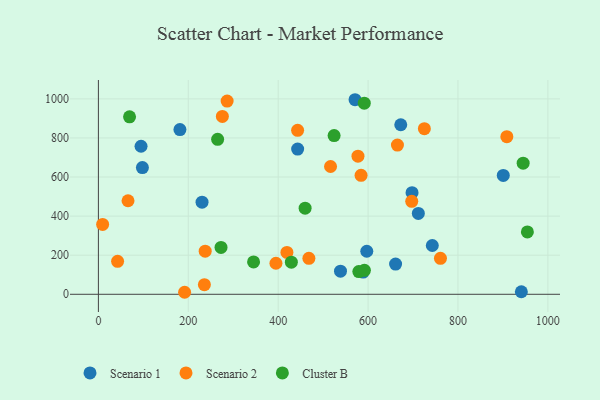
{"axis": {"x": "Ad Spend", "y": "Yield"}, "legend": ["Cluster B", "Scenario 1", "Scenario 2"], "data": [{"x": "589.0", "y": 113.9, "type": "Scenario 1"}, {"x": "571.0", "y": 995.6, "type": "Scenario 1"}, {"x": "97.9", "y": 648.5, "type": "Scenario 1"}, {"x": "661.2", "y": 154.4, "type": "Scenario 1"}, {"x": "672.7", "y": 867.6, "type": "Scenario 1"}, {"x": "711.8", "y": 413.9, "type": "Scenario 1"}, {"x": "538.6", "y": 118.3, "type": "Scenario 1"}, {"x": "742.9", "y": 249.6, "type": "Scenario 1"}, {"x": "181.4", "y": 843.0, "type": "Scenario 1"}, {"x": "900.8", "y": 608.0, "type": "Scenario 1"}, {"x": "230.6", "y": 471.4, "type": "Scenario 1"}, {"x": "697.8", "y": 520.1, "type": "Scenario 1"}, {"x": "94.9", "y": 757.5, "type": "Scenario 1"}, {"x": "443.3", "y": 743.1, "type": "Scenario 1"}, {"x": "941.0", "y": 13.0, "type": "Scenario 1"}, {"x": "597.1", "y": 220.3, "type": "Scenario 1"}, {"x": "584.4", "y": 609.0, "type": "Scenario 2"}, {"x": "275.8", "y": 909.9, "type": "Scenario 2"}, {"x": "42.7", "y": 168.6, "type": "Scenario 2"}, {"x": "908.7", "y": 806.7, "type": "Scenario 2"}, {"x": "9.4", "y": 357.4, "type": "Scenario 2"}, {"x": "577.5", "y": 706.6, "type": "Scenario 2"}, {"x": "697.1", "y": 475.7, "type": "Scenario 2"}, {"x": "468.3", "y": 184.2, "type": "Scenario 2"}, {"x": "761.0", "y": 184.2, "type": "Scenario 2"}, {"x": "419.4", "y": 214.0, "type": "Scenario 2"}, {"x": "237.6", "y": 220.6, "type": "Scenario 2"}, {"x": "516.5", "y": 654.0, "type": "Scenario 2"}, {"x": "191.8", "y": 10.3, "type": "Scenario 2"}, {"x": "725.2", "y": 847.4, "type": "Scenario 2"}, {"x": "65.9", "y": 478.7, "type": "Scenario 2"}, {"x": "443.2", "y": 839.1, "type": "Scenario 2"}, {"x": "235.8", "y": 49.3, "type": "Scenario 2"}, {"x": "286.4", "y": 988.9, "type": "Scenario 2"}, {"x": "665.3", "y": 763.4, "type": "Scenario 2"}, {"x": "395.0", "y": 158.8, "type": "Scenario 2"}, {"x": "954.4", "y": 319.1, "type": "Cluster B"}, {"x": "265.3", "y": 793.1, "type": "Cluster B"}, {"x": "579.4", "y": 116.2, "type": "Cluster B"}, {"x": "429.3", "y": 164.4, "type": "Cluster B"}, {"x": "591.8", "y": 122.4, "type": "Cluster B"}, {"x": "459.9", "y": 440.4, "type": "Cluster B"}, {"x": "345.2", "y": 165.7, "type": "Cluster B"}, {"x": "591.5", "y": 977.8, "type": "Cluster B"}, {"x": "69.3", "y": 907.9, "type": "Cluster B"}, {"x": "945.0", "y": 670.9, "type": "Cluster B"}, {"x": "272.8", "y": 239.9, "type": "Cluster B"}, {"x": "524.4", "y": 812.1, "type": "Cluster B"}]}